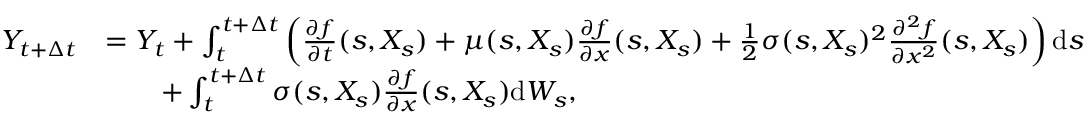
\begin{array} { r l } { Y _ { t + \Delta t } } & { = Y _ { t } + \int _ { t } ^ { t + \Delta t } \left( \frac { \partial f } { \partial t } ( s , X _ { s } ) + \mu ( s , X _ { s } ) \frac { \partial f } { \partial x } ( s , X _ { s } ) + \frac { 1 } { 2 } \sigma ( s , X _ { s } ) ^ { 2 } \frac { \partial ^ { 2 } f } { \partial x ^ { 2 } } ( s , X _ { s } ) \right) \mathrm { d } s } \\ & { \qquad + \int _ { t } ^ { t + \Delta t } \sigma ( s , X _ { s } ) \frac { \partial f } { \partial x } ( s , X _ { s } ) \mathrm { d } W _ { s } , } \end{array}